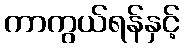
ကာကွယ်ရန်နှင့်